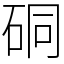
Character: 硐